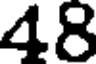
48